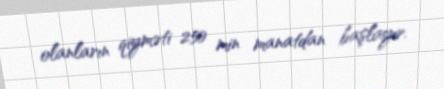
olanların qiyməti 250 min manatdan başlayır.